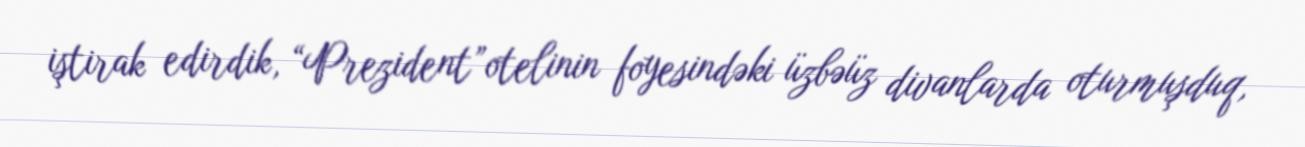
iştirak edirdik, “Prezident”otelinin foyesindəki üzbəüz divanlarda oturmuşduq,